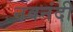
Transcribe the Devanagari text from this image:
नवनंदी